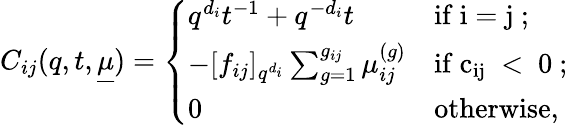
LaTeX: C_{ij}(q,t,\underline{{\mu}})=\left\{ \begin{array}{ll}{q^{d_{i}}t^{-1}+q^{-d_{i}}t}&{\mathrm{if~i=j~};}\\ {-[f_{ij}]_{q^{d_{i}}}\sum_{g=1}^{g_{ij}}\mu_{ij}^{(g)}}&{\mathrm{if~c_{ij}~<~0~};}\\ {0}&{\mathrm{otherwise},}\end{array}\right.